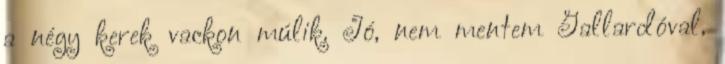
a négy kerek vackon múlik. Jó, nem mentem Gallardóval,